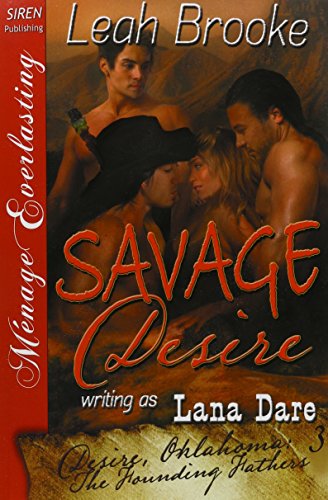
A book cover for Savage Desire [Desire, Oklahoma: The Founding Fathers 3] (Siren Publishing Menage Everlasting); Leah Brooke; Romance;